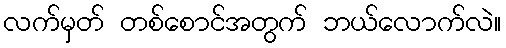
လက်မှတ် တစ်စောင်အတွက် ဘယ်လောက်လဲ။